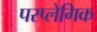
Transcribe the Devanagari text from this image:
परप्लेगिक